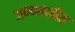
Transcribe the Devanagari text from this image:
जन्म्सखीस